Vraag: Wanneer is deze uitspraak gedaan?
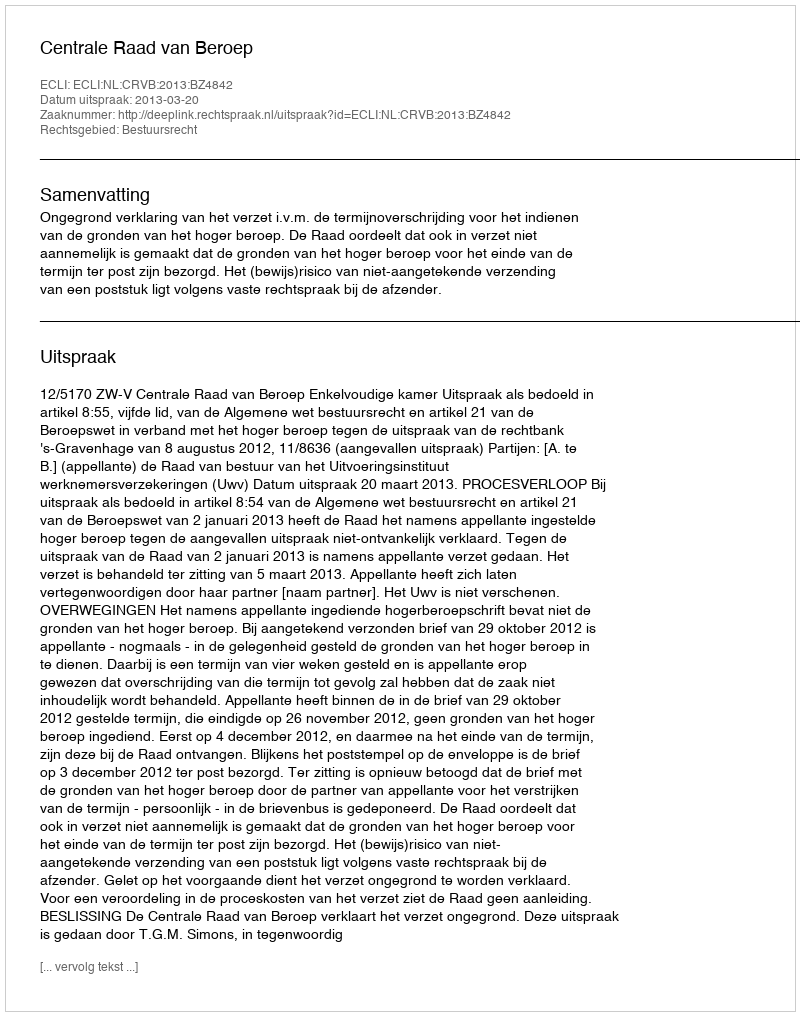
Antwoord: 2013-03-20